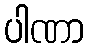
ပါဏာ